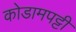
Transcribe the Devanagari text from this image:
कोडामपट्टी